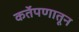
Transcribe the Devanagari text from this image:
कर्तेपणातून